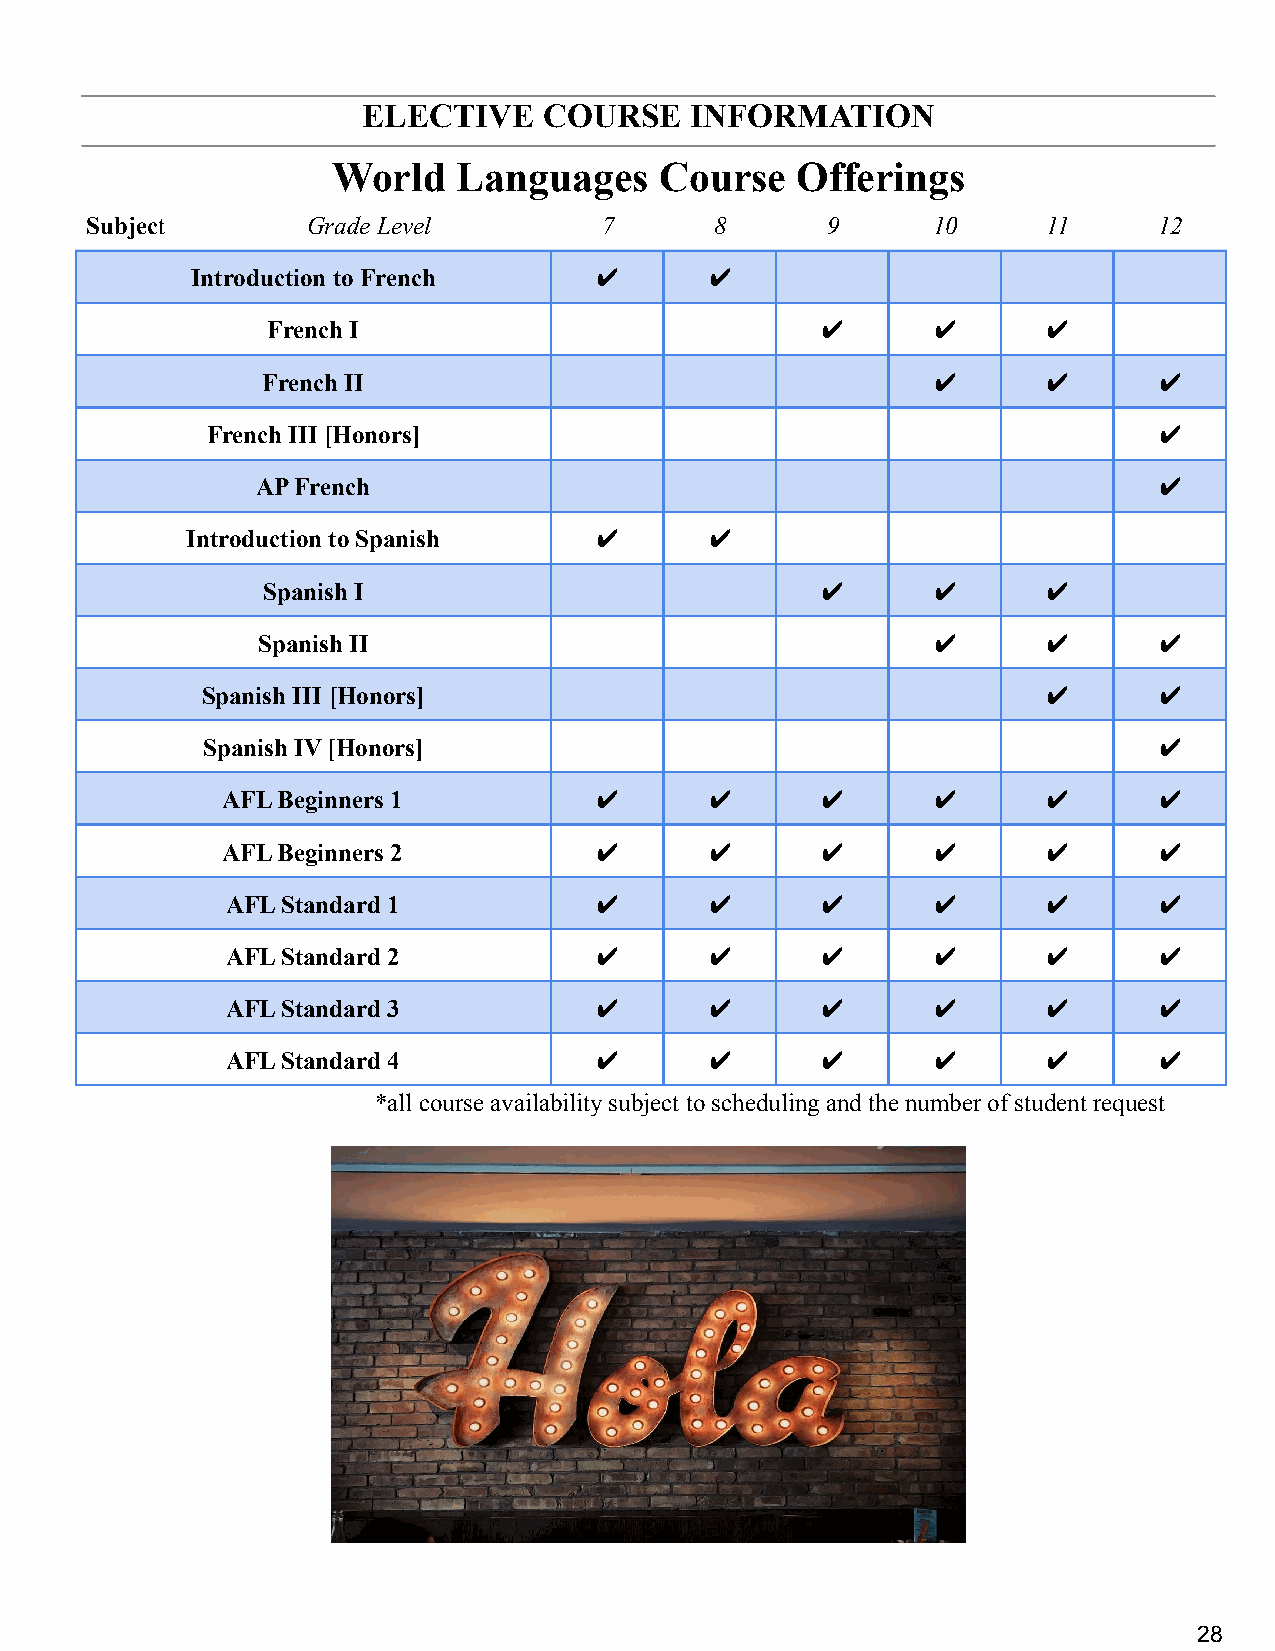
ELECTIVE    COURSE    INFORMATION
 World   Languages     Course   Offerings
 Subject       Grade Level         7      8       9      10     11      12
 Introduction to French    ✔       ✔
 French I                            ✔       ✔      ✔
 French II                                    ✔      ✔       ✔
 French III [Honors]                                            ✔
 AP French                                                   ✔
 Introduction to Spanish    ✔       ✔
 Spanish I                            ✔       ✔      ✔
 Spanish II                                   ✔      ✔       ✔
 Spanish III [Honors]                                    ✔       ✔
 Spanish IV [Honors]                                             ✔
 AFL Beginners 1         ✔       ✔      ✔       ✔      ✔       ✔
 AFL Beginners 2         ✔       ✔      ✔       ✔      ✔       ✔
 AFL Standard 1          ✔       ✔      ✔       ✔      ✔       ✔
 AFL Standard 2          ✔       ✔      ✔       ✔      ✔       ✔
 AFL Standard 3          ✔       ✔      ✔       ✔      ✔       ✔
 AFL Standard 4          ✔       ✔      ✔       ✔      ✔       ✔
 *all course availability subject to scheduling and the number of student request
 28